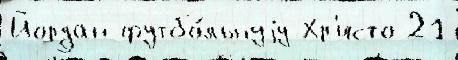
Йордан футбо́льнуjу Хр'исто 21